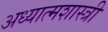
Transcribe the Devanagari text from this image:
अध्यात्मशास्त्री